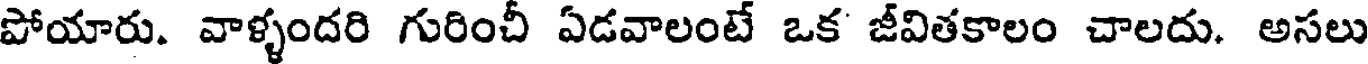
పోయారు. వాళ్ళందరి గురించీ ఏడవాలంటే ఒక జీవితకాలం చాలదు. అసలు